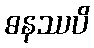
ဓနဿပိ